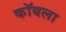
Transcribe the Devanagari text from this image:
कॉबला